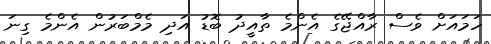
ހަމައަށް ވެސް ރާއްޖޭގެ އެންމެ ތާއީދު ބޮޑު އަދި މެމްބަރުން އެންމެ ގިނަ